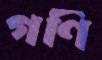
গণি